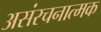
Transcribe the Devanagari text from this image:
असंरचनात्मक